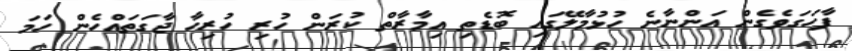
ފާހަގަވެގެން އަންނާނެ ހުޅުމާލޭގައި ބޮޑެތި އިމާރާތް ކުރަން ހުރި ހުރިހާ ޖާގަތައްހެން ހަމަ